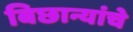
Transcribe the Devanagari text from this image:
बिछान्यांचे